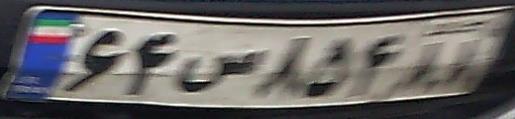
۶۴س۸۵۴۸۸